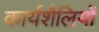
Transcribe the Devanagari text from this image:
कार्यशैलियों